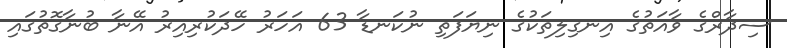
ސިދާރްގެ ވާއަތުގެ އިނގިލިތަކުގެ ނިޔަފަތި ނުކަނޑާ 63 އަހަރު ހޭދަކުރިއިރު އޭނާ ބުނާގޮތުގައި